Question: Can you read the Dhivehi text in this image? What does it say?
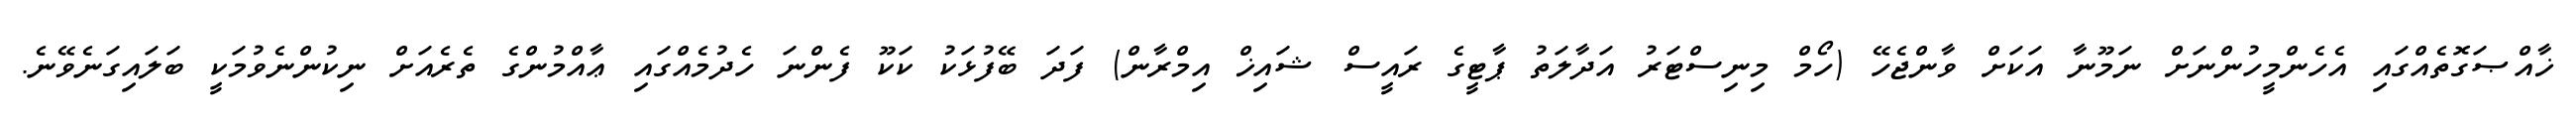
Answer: ޚާއްޞަގޮތެއްގައި އެހެންމީހުންނަށް ނަމޫނާ އަކަށް ވާންޖެހޭ (ހޯމް މިނިސްޓަރު އަދާލަތު ޕާޓީގެ ރައީސް ޝައިޚް އިމްރާން) ފަދަ ބޭފުޅަކު ކަކޫ ފެންނަ ހެދުމެއްގައި ޢާއްމުންގެ ތެރެއަށް ނިކުންނެވުމަކީ ބަލައިގަނެވޭނެ.